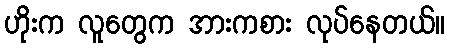
ဟိုးက လူတွေက အားကစား လုပ်နေတယ်။